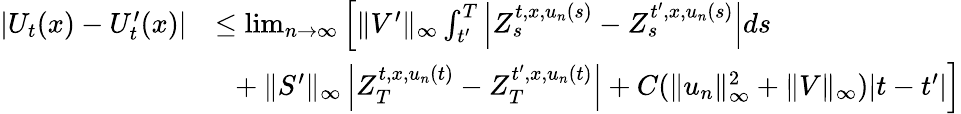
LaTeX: \begin{array}{rl}{|U_{t}(x)-U_{t}^{\prime}(x)|}&{\le\operatorname*{lim}_{n\to\infty}\left[\| V^{\prime}\| _{\infty}\int_{t^{\prime}}^{T}\left\vert Z_{s}^{t,x,u_{n}(s)}-Z_{s}^{t^{\prime},x,u_{n}(s)}\right\vert ds\right.}\\ &{~~+\left.\| S^{\prime}\| _{\infty}\left\vert Z_{T}^{t,x,u_{n}(t)}-Z_{T}^{t^{\prime},x,u_{n}(t)}\right\vert+C(\| u_{n}\| _{\infty}^{2}+\| V\| _{\infty})|t-t^{\prime}|\right]}\end{array}